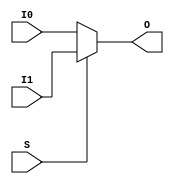
/***************************************************************************
 *                                                                         *
 *   MUXF5.v - Simulates the Xilinx primitive of the same name for use     *
 *     with Icarus Verilog.                                                *
 *                                                                         *
 *   Copyright (C) 2005 by Patrick Suggate                                 *
 *   patrick@physics.otago.ac.nz                                           *
 *                                                                         *
 *   This program is free software; you can redistribute it and/or modify  *
 *   it under the terms of the GNU General Public License as published by  *
 *   the Free Software Foundation; either version 2 of the License, or     *
 *   (at your option) any later version.                                   *
 *                                                                         *
 *   This program is distributed in the hope that it will be useful,       *
 *   but WITHOUT ANY WARRANTY; without even the implied warranty of        *
 *   MERCHANTABILITY or FITNESS FOR A PARTICULAR PURPOSE.  See the         *
 *   GNU General Public License for more details.                          *
 *                                                                         *
 *   You should have received a copy of the GNU General Public License     *
 *   along with this program; if not, write to the                         *
 *   Free Software Foundation, Inc.,                                       *
 *   59 Temple Place - Suite 330, Boston, MA  02111-1307, USA.             *
 ***************************************************************************/

module MUXF5 ( O, I0, I1, S );
	
	output	O;
	input	I0, I1, S;
	
	assign	O	= S ? I1 : I0;
	
endmodule	//	MUXF5